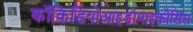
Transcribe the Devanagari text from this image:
कॉकिडियोआइडोमाइकोसिस